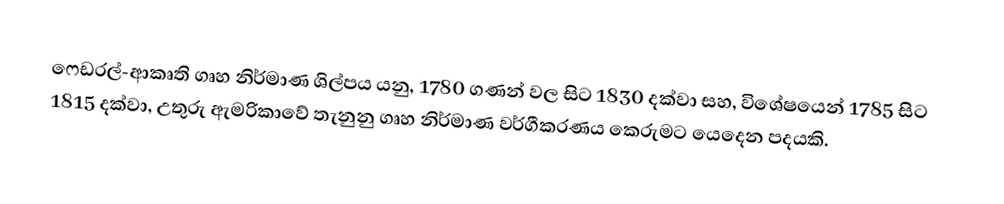
ෆෙඩරල්-ආකෘති ගෘහ නිර්මාණ ශිල්පය යනු,  1780 ගණන් වල සිට 1830 දක්වා සහ, විශේෂයෙන් 1785 සිට 1815 දක්වා,  උතුරු ඇමරිකාවේ තැනුනු ගෘහ නිර්මාණ වර්ගීකරණය කෙරුමට යෙදෙන පදයකි.